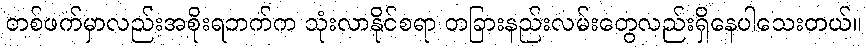
တစ်ဖက်မှာလည်းအစိုးရဘက်က သုံးလာနိုင်စရာ တခြားနည်းလမ်းတွေလည်းရှိနေပါသေးတယ်။